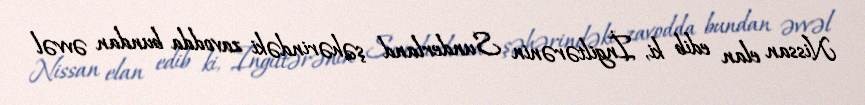
Nissan elan edib ki, İngiltərənin Sunderland şəhərindəki zavodda bundan əvvəl